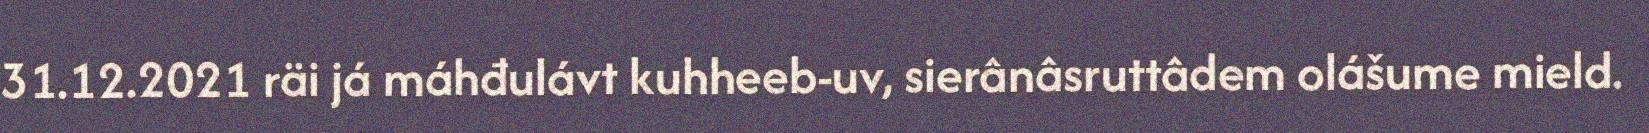
31.12.2021 räi já máhđulávt kuhheeb-uv, sierânâsruttâdem olášume mield.